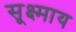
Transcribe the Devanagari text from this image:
सूक्ष्माय